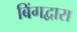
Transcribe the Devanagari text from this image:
बिंगद्वारा